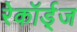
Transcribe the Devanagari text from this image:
रेकॉर्ड्‌ज